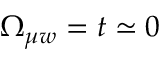
\Omega _ { \mu w } = t \simeq 0